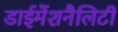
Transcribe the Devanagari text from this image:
डाईमेंशनैलिटी